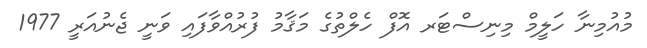
މުއުމިނާ ހަލީމް މިނިސްޓަރ އޮފް ހެލްތުގެ މަޤާމު ފުރުއްވާފައި ވަނީ ޖެނުއަރީ 1977